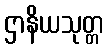
ဌာနိယသုတ္တ